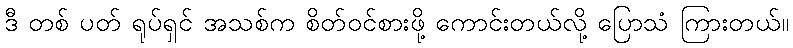
ဒီ တစ် ပတ် ရုပ်ရှင် အသစ်က စိတ်ဝင်စားဖို့ ကောင်းတယ်လို့ ပြောသံ ကြားတယ်။